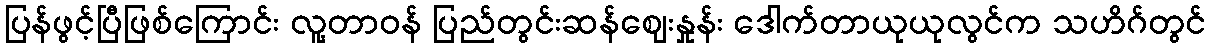
ပြန်ဖွင့်ပြီဖြစ်ကြောင်း လူ့တာဝန် ပြည်တွင်းဆန်ဈေးနှုန်း ဒေါက်တာယုယုလွင်က သဟိဂ်တွင်